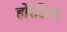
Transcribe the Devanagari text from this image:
होरेटियो